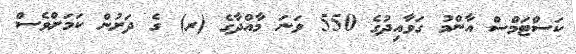
ކަސްޓަމްސް އާންމު ގަވާއިދުގެ 550 ވަނަ މާއްދާގެ (ރ) ގެ ދަށުން ކަމަށްވެސް